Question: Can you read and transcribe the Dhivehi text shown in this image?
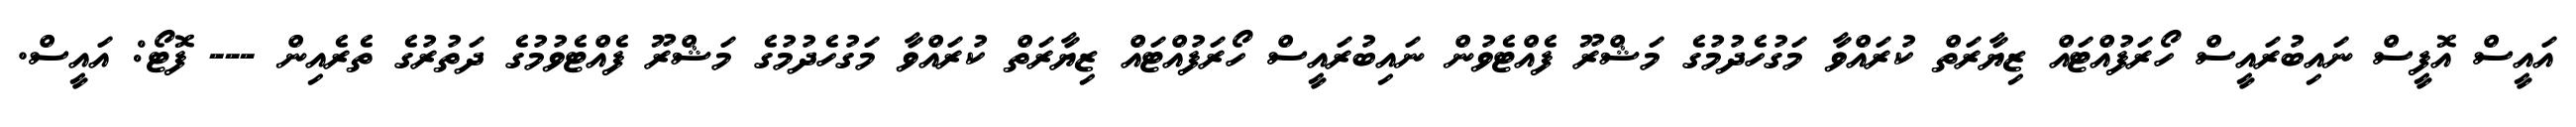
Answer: އައީސް އޮފީސް ނައިބުރައީސް ހޯރަފުއްޓައް ޒިޔާރަތް ކުރައްވާ މަގުހެދުމުގެ މަޝްރޫ ފެއްޓެވުން ނައިބުރައީސް ހޯރަފުއްޓައް ޒިޔާރަތް ކުރައްވާ މަގުހެދުމުގެ މަޝްރޫ ފެއްޓެވުމުގެ ދަތުރުގެ ތެރެއިން --- ފޮޓޯ: އައީސް.